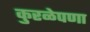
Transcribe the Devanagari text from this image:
कुरळेपणा